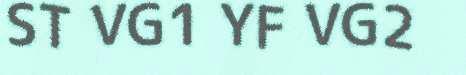
ST VG1 YF VG2